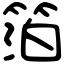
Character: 箔